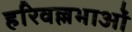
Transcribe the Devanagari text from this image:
हरिवल्लभाओं